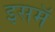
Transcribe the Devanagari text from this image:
इसमॅ